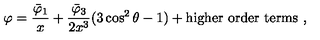
\varphi = \frac { \bar { \varphi } _ { 1 } } { x } + \frac { \bar { \varphi } _ { 3 } } { 2 x ^ { 3 } } ( 3 \cos ^ { 2 } \theta - 1 ) + \mathrm { h i g h e r } \ \mathrm { o r d e r } \ \mathrm { t e r m s } \ ,